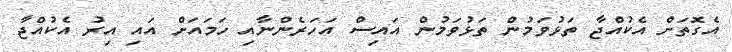
އެގޮތަށް އެކުއްޖާ ތަޅުވަމުން ތަޅުވަމުން އައިސް އަހަރެންނާއި ހަމައަށް އައި އިރު އެކުއްޖާ